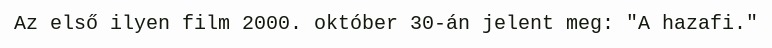
Az első ilyen film 2000. október 30-án jelent meg: "A hazafi."